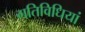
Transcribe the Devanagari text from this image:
गतिविधियां